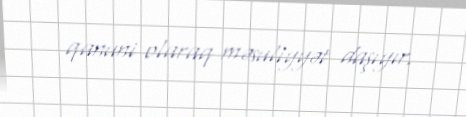
qanuni olaraq məsuliyyət daşıyır.